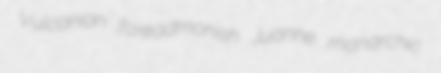
Vulcanian foreadmonish Juanne monarchic